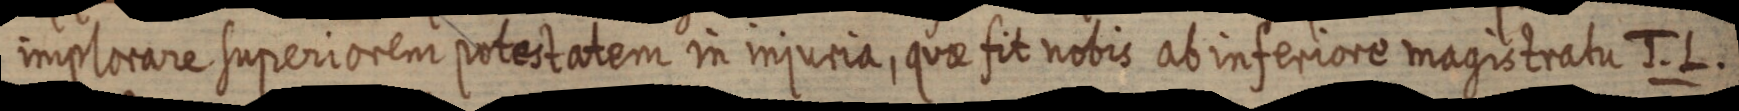
implorare superiorem potestatem in injuria, quae fit nobis ab inferiore magistratu J. L.